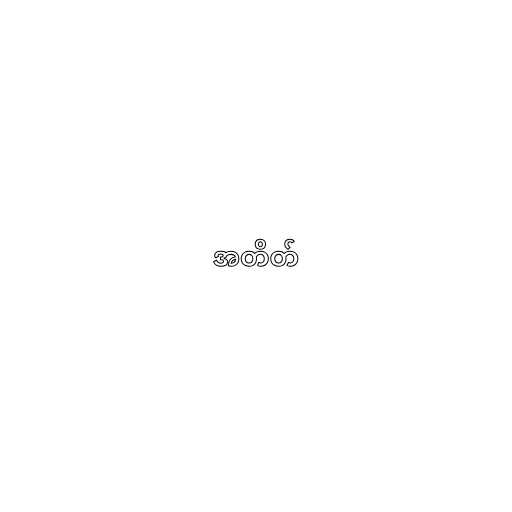
အတိတ်